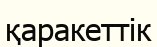
қаракеттік